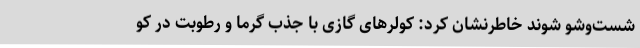
شست‌وشو شوند خاطرنشان کرد: کولرهای گازی با جذب گرما و رطوبت در کو